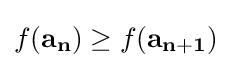
f(\mathbf {a_{n}} )\geq f(\mathbf {a_{n+1}} )